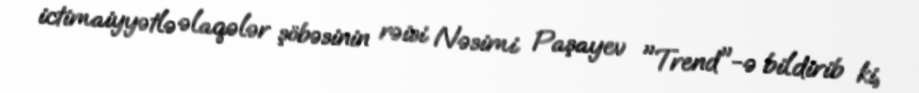
ictimaiyyətlə əlaqələr şöbəsinin rəisi Nəsimi Paşayev "Trend"-ə bildirib ki,